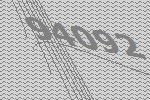
94092